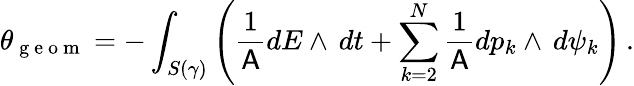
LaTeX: \theta_{\mathrm{~g~e~o~m~}}=-\int_{S(\gamma)}\left(\frac{1}{\mathsf{A}}dE\wedge\, dt+\sum_{k=2}^{N}\frac{1}{\mathsf{A}}dp_{k}\wedge\, d\psi_{k}\right)\, .